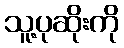
သူ့ပုဆိုးကို